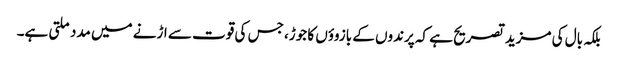
بلکہ بال کی مزید تصریح ہے کہ پرندوں کے بازوؤں کا جوڑ، جس کی قوت سے اڑنے میں مدد ملتی ہے۔